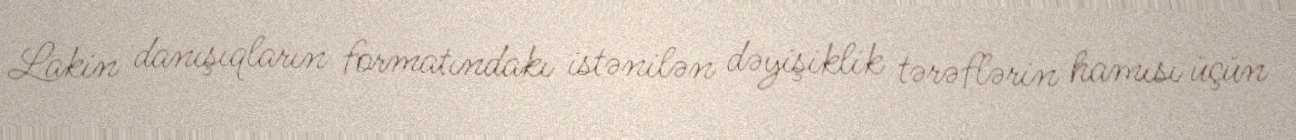
Lakin danışıqların formatındakı istənilən dəyişiklik tərəflərin hamısı üçün